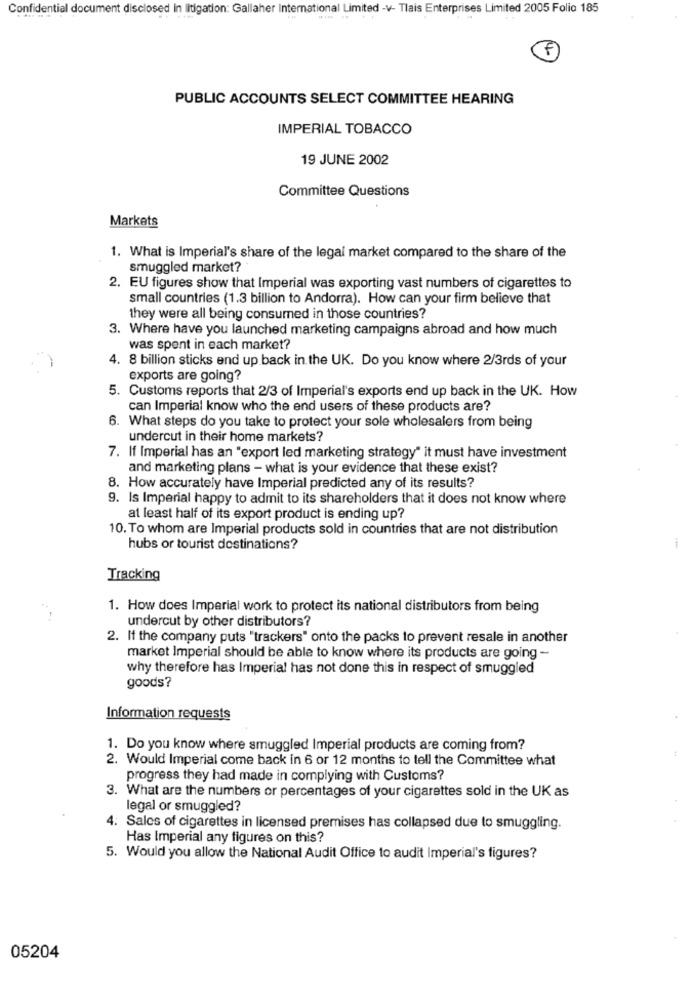
Confidential document disclosed in litigation: Gallaher International Limited -v- Tlais Enterprises Limited 2005 Folio 185
4-
PUBLIC ACCOUNTS SELECT COMMITTEE HEARING
IMPERIAL TOBACCO
19 JUNE 2002
Committee Questions
Markets
1. What is Imperial's share of the legal market compared to the share of the
smuggled market?
2. EU figures show that Imperial was exporting vast numbers of cigarettes to
small countries (1.3 billion to Andorra). How can your firm believe that
they were all being consumed in those countries?
3. Where have you launched marketing campaigns abroad and how much
was spent in each market?
4. 8 billion sticks end up back in the UK. Do you know where 2/3rds of your
exports are going?
5. Customs reports that 2/3 of Imperial's exports end up back in the UK. How
can Imperial know who the end users of these products are?
6. What steps do you take to protect your sole wholesalers from being
undercut in their home markets?
7. If Imperial has an "export led marketing strategy" it must have investment
and marketing plans - what is your evidence that these exist?
8. How accurately have Imperial predicted any of its results?
9. Is Imperial happy to admit to its shareholders that it does not know where
at least half of its export product is ending up?
10. To whom are Imperial products sold in countries that are not distribution
hubs or tourist destinations?
Tracking
1. How does Imperial work to protect its national distributors from being
undercut by other distributors?
2. If the company puts "trackers" onto the packs to prevent resale in another
market Imperial should be able to know where its products are going -
why therefore has Imperial has not done this in respect of smuggled
goods?
Information requests
1. Do you know where smuggled Imperial products are coming from?
2. Would Imperial come back in 6 or 12 months to tell the Committee what
progress they had made in complying with Customs?
3. What are the numbers or percentages of your cigarettes sold in the UK as
legal or smuggled?
4. Sales of cigarettes in licensed premises has collapsed due to smuggling.
Has Imperial any figures on this?
5. Would you allow the National Audit Office to audit Imperial's figures?
05204